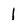
Character: 1